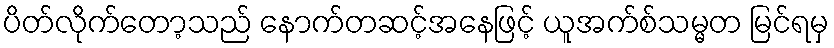
ပိတ်လိုက်တော့သည် နောက်တဆင့်အနေဖြင့် ယူအက်စ်သမ္မတ မြင်ရမှ